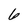
Character: 6